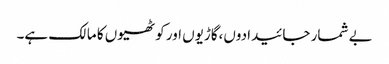
بے شمار جائیدادوں،گاڑیوں اور کوٹھیوں کا مالک ہے۔